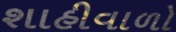
શાહીવાળો